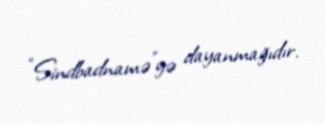
“Sindbadnamə”yə dayanmağıdır.